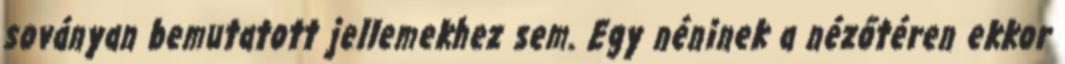
soványan bemutatott jellemekhez sem. Egy néninek a nézőtéren ekkor